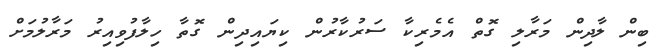
ބިން ލާދިން މަރާލި ގޮތް އެމެރިކާ ސަރުކާރުން ކިޔައިދިން ގޮތާ ހިލާފުވިއިރު މަރާލުމަށް